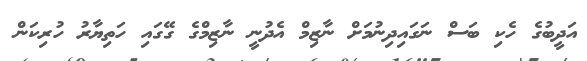
އަދީބުގެ ހެކި ބަސް ނަގައިދިނުމަށް ނާޒިމް އެދުނީ ނާޒިމްގެ ގޭގައި ހަތިޔާރު ހުރިކަން